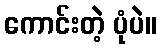
ကောင်းတဲ့ ပုံပဲ။